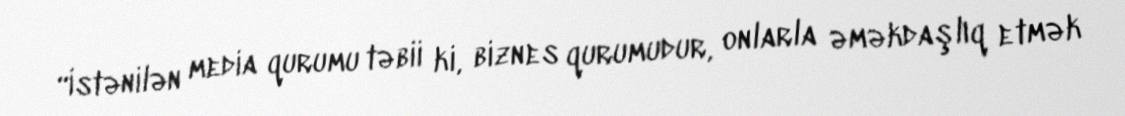
“İstənilən media qurumu təbii ki, biznes qurumudur, onlarla əməkdaşlıq etmək